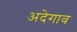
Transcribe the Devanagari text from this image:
अदेगाव